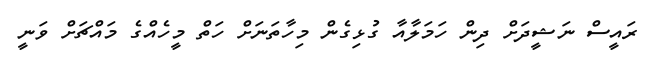
ރައީސް ނަޝީދަށް ދިން ހަމަލާއާ ގުޅިގެން މިހާތަނަށް ހަތް މީހެއްގެ މައްޗަށް ވަނީ